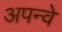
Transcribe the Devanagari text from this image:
अपन्वे